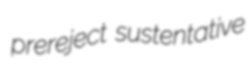
prereject sustentative